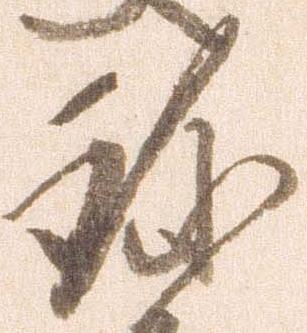
珍